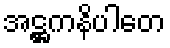
အဋ္ဌကနိပါတေ